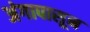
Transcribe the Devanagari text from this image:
अंगापासून